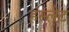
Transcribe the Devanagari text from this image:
हंस्लेट